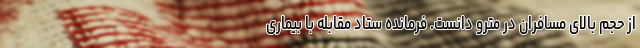
از حجم بالای مسافران در مترو دانست. فرمانده ستاد مقابله با بیماری